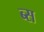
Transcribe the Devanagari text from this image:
ब्स